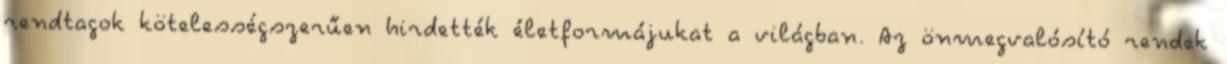
rendtagok kötelességszerűen hirdették életformájukat a világban. Az önmegvalósító rendek